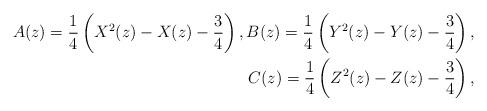
LaTeX: \begin{align*} A(z)=\frac{1}{4}\left(X^2(z)-X(z)-\frac{3}{4}\right),B(z)=\frac{1}{4}\left(Y^2(z)-Y(z)-\frac{3}{4}\right), \\ C(z)=\frac{1}{4}\left(Z^2(z)-Z(z)-\frac{3}{4}\right), \end{align*}